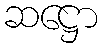
ဆဋ္ဌော